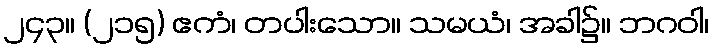
၂၄၃။ (၂၁၅) ဧကံ၊ တပါးသော။ သမယံ၊ အခါ၌။ ဘဂဝါ၊